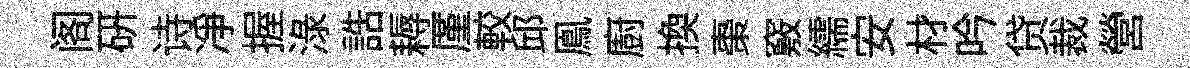
阁硏诗净握渌誥耨厪較邱鳯廚換棗竅繻安材吟贷裁營